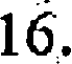
16.